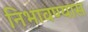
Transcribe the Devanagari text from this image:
निभावण्यास